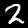
Digit: 2